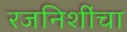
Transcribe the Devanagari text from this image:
रजनिशींचा